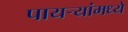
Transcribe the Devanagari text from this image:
पायऱ्यांमध्ये